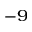
^ { - 9 }